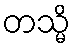
တသ္မိ